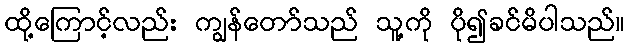
ထို့ကြောင့်လည်း ကျွန်တော်သည် သူ့ကို ပို၍ခင်မိပါသည်။